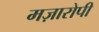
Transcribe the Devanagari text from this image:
मज़ारोपी